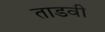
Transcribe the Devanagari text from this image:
ताडवी